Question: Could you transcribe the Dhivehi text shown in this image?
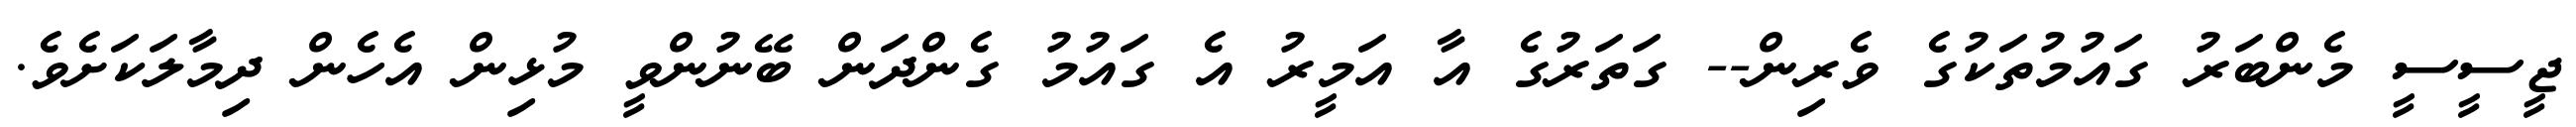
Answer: ޖީސީސީ މެންބަރު ގައުމުތަކުގެ ވެރިން-- ގަތަރުގެ އާ އަމީރު އެ ގައުމު ގެންދަން ބޭނުންވީ މުޅިން އެހެން ދިމާލަކަށެވެ.